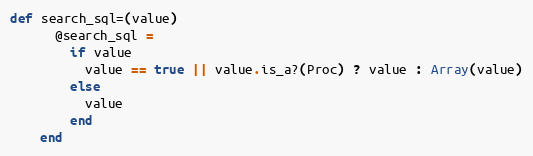
Language: Ruby
def search_sql=(value)
      @search_sql =
        if value
          value == true || value.is_a?(Proc) ? value : Array(value)
        else
          value
        end
    end